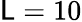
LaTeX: \mathsf{L}=10